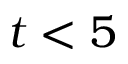
t < 5